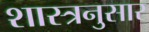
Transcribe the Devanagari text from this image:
शास्त्रनुसार